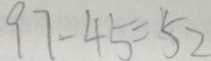
9 7 - 4 5 = 5 2